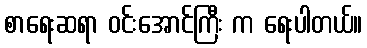
စာရေးဆရာ ဝင်းအောင်ကြီး က ရေးပါတယ်။